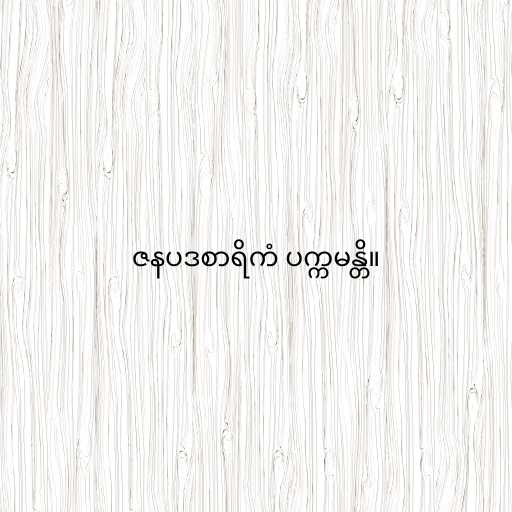
ဇနပဒစာရိကံ ပက္ကမန္တိ။